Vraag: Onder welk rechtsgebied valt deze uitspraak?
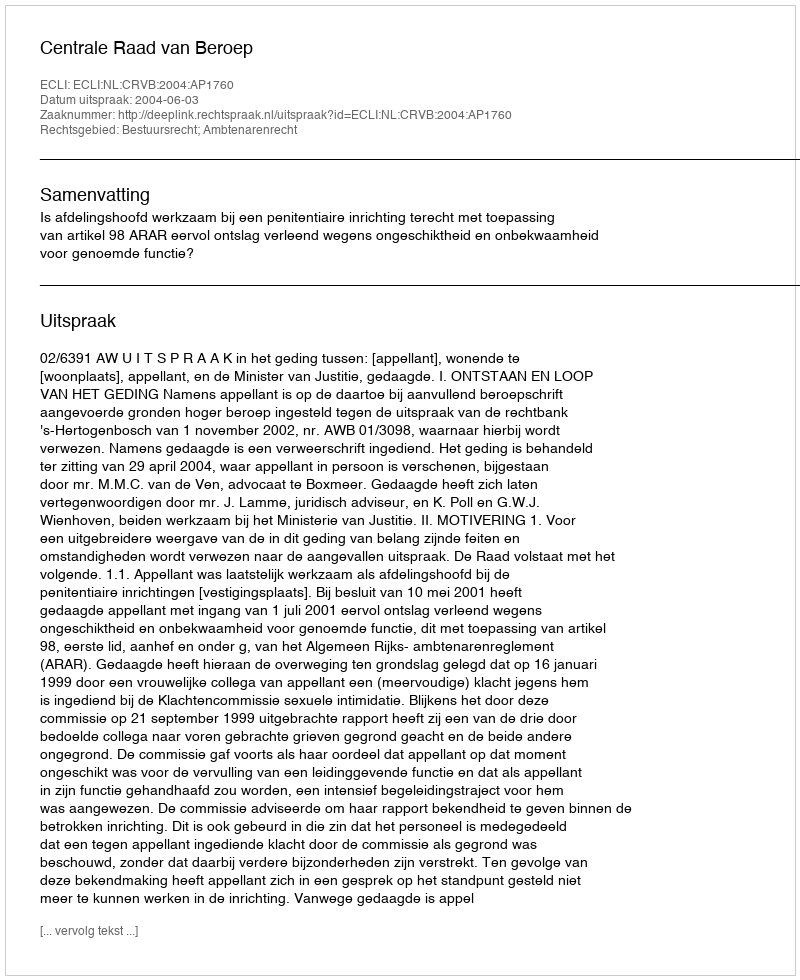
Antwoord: Bestuursrecht; Ambtenarenrecht